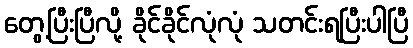
တွေ့ပြီးပြီလို့ ခိုင်ခိုင်လုံလုံ သတင်းရပြီးပါပြီ